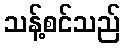
သန့်စင်သည်